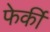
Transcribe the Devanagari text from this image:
फेकीं